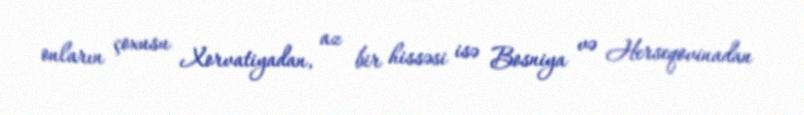
onların çoxusu Xorvatiyadan, az bir hissəsi isə Bosniya və Herseqovinadan